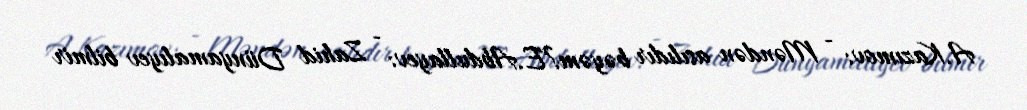
A.Kazımov: - Məndən asılıdır bəyəm?E.Abdullayev: - Zahid Dünyamalıyev bilmir